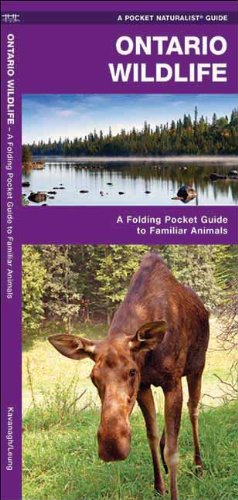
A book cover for Ontario Wildlife: A Folding Pocket Guide to Familiar Species (Pocket Naturalist Guide Series); James Kavanagh; Travel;